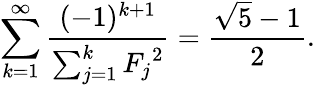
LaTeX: \sum_{k=1}^{\infty}{\frac{(-1)^{k+1}}{\sum_{j=1}^{k}{F_{j}}^{2}}}={\frac{{\sqrt{5}}-1}{2}}.